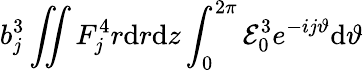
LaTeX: b_{j}^{3}\iint F_{j}^{4}r\mathrm{d}r\mathrm{d}z\int_{0}^{2\pi}{\cal E}_{0}^{3}e^{-ij\vartheta}\mathrm{d}\vartheta